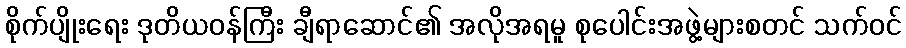
စိုက်ပျိုးရေး ဒုတိယဝန်ကြီး ချီရာဆောင်၏ အလိုအရမူ စုပေါင်းအဖွဲ့များစတင် သက်ဝင်